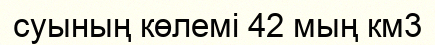
суының көлемі 42 мың км3